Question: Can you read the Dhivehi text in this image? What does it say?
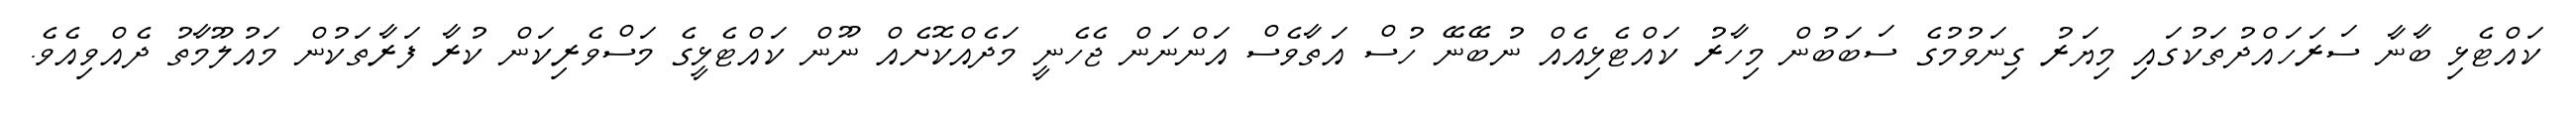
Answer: ކައްޓެޅި ބާނާ ސަރަހައްދުތަކުގައި މިޔަރު ގިނަވުމުގެ ސަބަބުން މިހާރު ކައްޓެޅިއެއް ނުބޭނޭ ހުސް އަތާވެސް އަންނަން ޖެހެނީ މަދެއްކޮށެއް ނޫން ކައްޓެޅީގެ މަސްވެރިކަން ކުރާ ފަރާތަކުން މައުލޫމާތު ދެއްވިއެވެ.